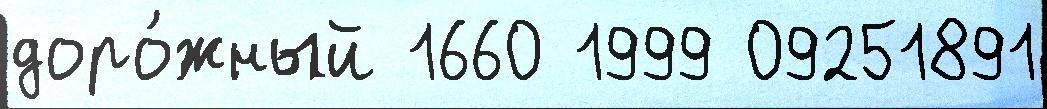
доро́жный 1660 1999 09251891